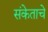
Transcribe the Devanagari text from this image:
संकेताचे